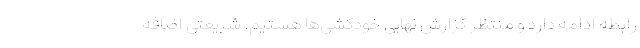
رابطه ادامه دارد و منتظر گزارش نهایی خودکشی‌ها هستیم. شریعتی اضافه